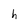
Character: h